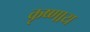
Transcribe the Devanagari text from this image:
कृष्णाय